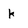
Character: k